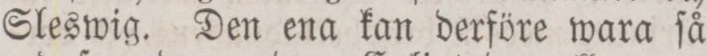
Sleswig. Den ena kan derföre wara ſå